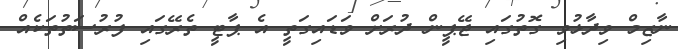
ނާޒިމް ވިދާޅުވި ގޮތުގައި ޖޭޕީން ދުރަށް ވަޑައިގަތީ އެ ޕާޓީ ތެރޭގައި ފުރުސަތުތަކެއް